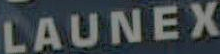
LAUNEX